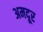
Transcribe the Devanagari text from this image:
अमदूर